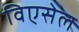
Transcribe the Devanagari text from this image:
विएसेल